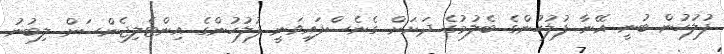
ފުލުހުން ބުނީ އޭނާ ފުލުހުންގެ ބެލުމުގެ ދަށަށް ގެނެސްފައިވަނީ ފުލުހުންގެ އިންޓެލިޖެންސަށް ލިބުނު